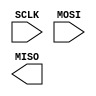
`timescale 1ns / 1ps
//////////////////////////////////////////////////////////////////////////////////
// Company: 
// Engineer: 
// 
// Design Name: 
// Module Name: main
// Project Name: 
// Target Devices: 
// Tool Versions: 
// Description: 
// 
// Dependencies: 
// 
// Revision:
// Revision 0.01 - File Created
// Additional Comments:
// 
//////////////////////////////////////////////////////////////////////////////////


module main(
    input SCLK,
    input MOSI,
    output MISO
    );
endmodule